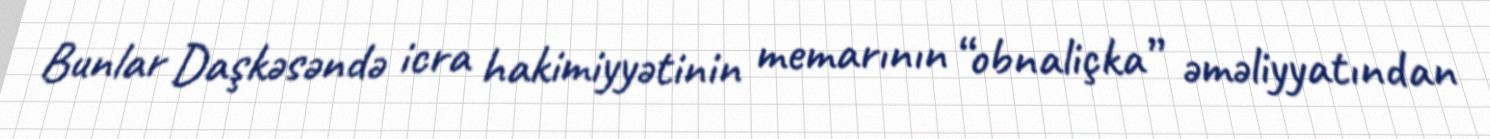
Bunlar Daşkəsəndə icra hakimiyyətinin memarının “obnaliçka” əməliyyatından